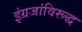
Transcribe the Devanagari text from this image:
इंग्रजांविरूद्ध